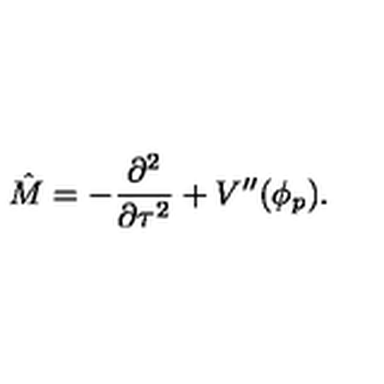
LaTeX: \hat { M } = - \frac { \partial ^ { 2 } } { \partial \tau ^ { 2 } } + V ^ { \prime \prime } ( \phi _ { p } ) .